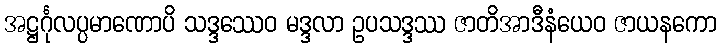
အဋ္ဌင်္ဂုလပ္ပမာဏောပိ သဒ္ဒဿေဝ မဒ္ဒလာ ဥပသဒ္ဒဿ ဇာတိအာဒီနံယေဝ ဇာယနကော